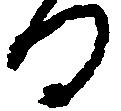
る